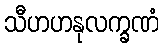
သီဟဟနုလက္ခဏံ